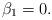
LaTeX: \begin{align*} \beta_1=0.\end{align*}